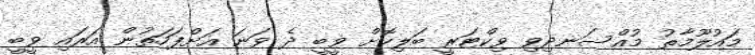
މައުލޫމާތު މުއްސަނދިވި ވިކްޓަރީ ބަލިކޮށް ވީބީ ދެ ވަނަ އަށްފަހަތުން އަރައި ވީބީ